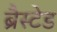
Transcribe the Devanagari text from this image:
ब्रैस्टेड